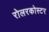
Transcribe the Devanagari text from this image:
रोलरकोस्टर